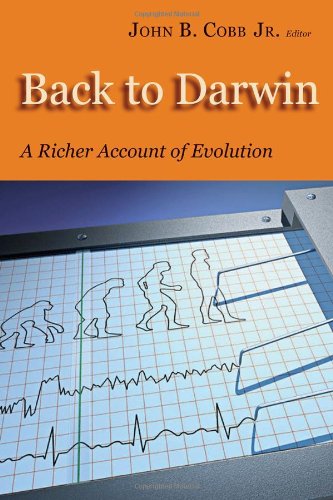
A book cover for Back To Darwin: A Richer Account of Evolution; Religion & Spirituality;